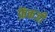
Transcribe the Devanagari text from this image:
फ्रेंकजी